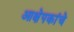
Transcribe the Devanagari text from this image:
आक्षेपकांचे